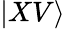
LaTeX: |XV\rangle